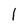
Character: 1